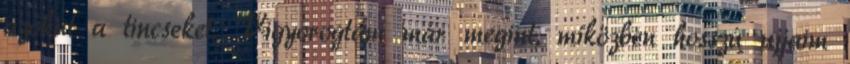
azokat a tincseket. Vigyorogtam már megint, miközben hosszú ujjaim